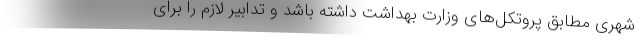
شهری مطابق پروتکل‌های وزارت بهداشت داشته باشد و تدابیر لازم را برای